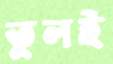
তুলই